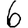
Digit: 6